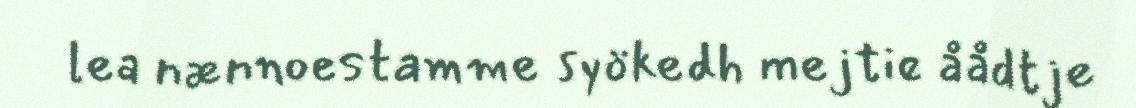
lea nænnoestamme syökedh mejtie åådtje